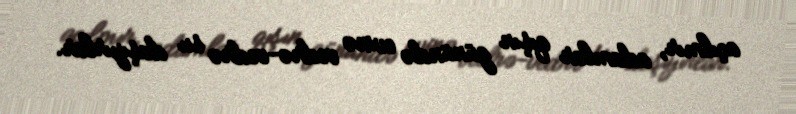
açılmır, adamlar qışın günündə evinə vedrə-vedrə su daşıyırlar.